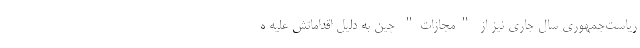
ریاست‌جمهوری سال جاری نیز از "مجازات" چین به دلیل اقداماتش علیه ه